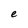
Character: e